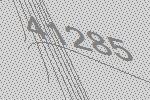
41285